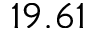
1 9 . 6 1